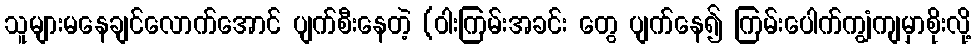
သူများမနေချင်လောက်အောင် ပျက်စီးနေတဲ့ (ဝါးကြမ်းအခင်း တွေ ပျက်နေ၍ ကြမ်းပေါက်ကျွံကျမှာစိုးလို့